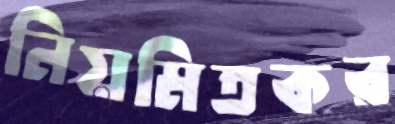
নিয়মিতকর